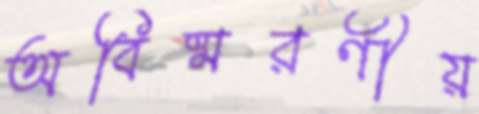
অবিষ্মরণীয়